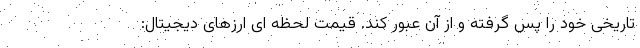
تاریخی خود را پس گرفته و از آن عبور کند. قیمت لحظه ای ارزهای دیجیتال: